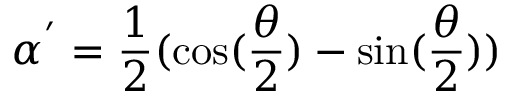
\alpha ^ { ' } = \frac { 1 } { 2 } ( \cos ( \frac { \theta } { 2 } ) - \sin ( \frac { \theta } { 2 } ) )